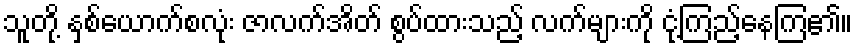
သူတို့ နှစ်ယောက်စလုံး ဇာလက်အိတ် စွပ်ထားသည့် လက်များကို ငုံ့ကြည့်နေကြ၏။